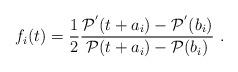
LaTeX: \begin{align*}f_i(t)=\frac{1}{2} \frac{{\cal P}^{'}(t+a_i) -{\cal P}^{'}(b_i)}{{\cal P}(t+a_i)-{\cal P}(b_i)} ~.\end{align*}